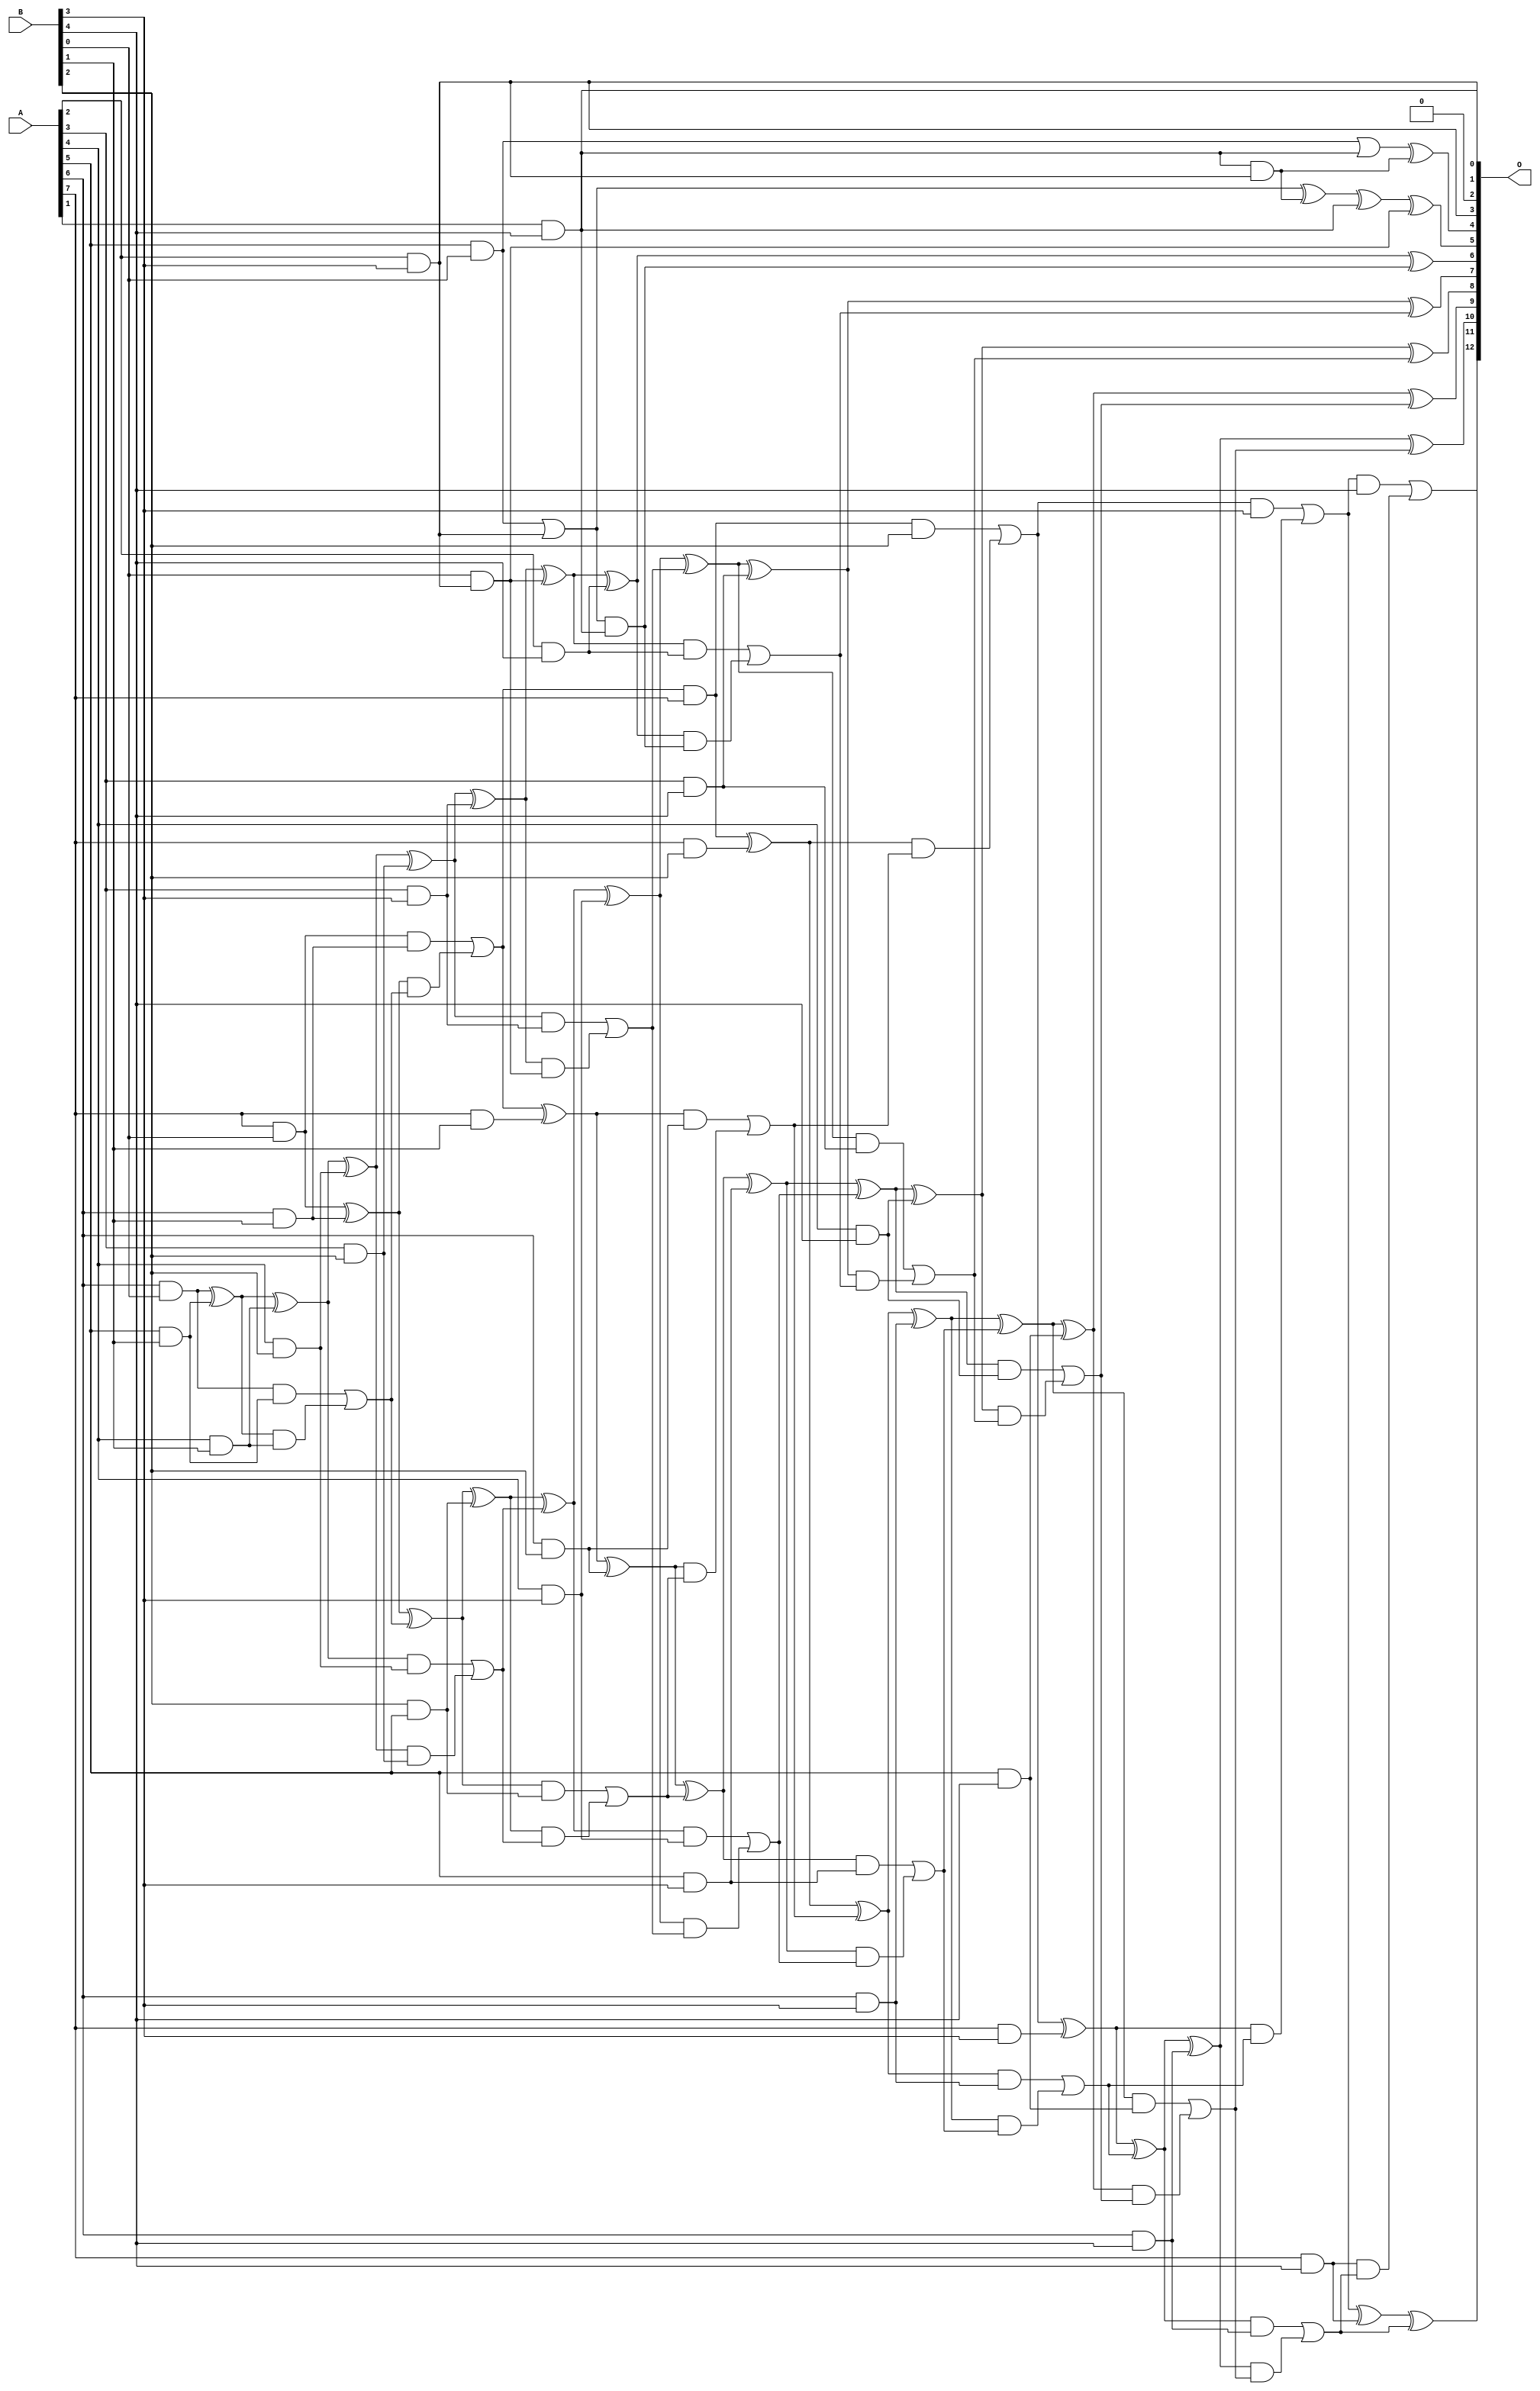
/***
* This code is a part of EvoApproxLib library (ehw.fit.vutbr.cz/approxlib) distributed under The MIT License.
* When used, please cite the following article(s): V. Mrazek, L. Sekanina, Z. Vasicek "Libraries of Approximate Circuits: Automated Design and Application in CNN Accelerators" IEEE Journal on Emerging and Selected Topics in Circuits and Systems, Vol 10, No 4, 2020 
* This file contains a circuit from a sub-set of pareto optimal circuits with respect to the pwr and mse parameters
***/
// MAE% = 0.20 %
// MAE = 17 
// WCE% = 0.70 %
// WCE = 57 
// WCRE% = 102.78 %
// EP% = 91.80 %
// MRE% = 4.40 %
// MSE = 434 
// PDK45_PWR = 0.129 mW
// PDK45_AREA = 294.7 um2
// PDK45_DELAY = 1.01 ns

module mul8x5u_39T (
    A,
    B,
    O
);

input [7:0] A;
input [4:0] B;
output [12:0] O;

wire sig_18,sig_19,sig_20,sig_26,sig_27,sig_28,sig_47,sig_48,sig_51,sig_52,sig_53,sig_54,sig_55,sig_56,sig_57,sig_58,sig_59,sig_60,sig_61,sig_62;
wire sig_64,sig_66,sig_67,sig_69,sig_70,sig_88,sig_89,sig_90,sig_91,sig_92,sig_93,sig_94,sig_95,sig_96,sig_97,sig_98,sig_99,sig_100,sig_101,sig_102;
wire sig_103,sig_105,sig_106,sig_107,sig_109,sig_110,sig_111,sig_112,sig_113,sig_114,sig_115,sig_118,sig_119,sig_123,sig_124,sig_126,sig_128,sig_129,sig_130,sig_131;
wire sig_132,sig_133,sig_134,sig_135,sig_136,sig_137,sig_138,sig_139,sig_140,sig_141,sig_142,sig_143,sig_144,sig_145,sig_146,sig_147,sig_148,sig_149,sig_150,sig_151;
wire sig_152,sig_155,sig_156,sig_157,sig_158,sig_159,sig_160,sig_162,sig_163,sig_164,sig_166,sig_168,sig_169,sig_170,sig_171,sig_172,sig_173,sig_174,sig_175,sig_176;
wire sig_177,sig_178,sig_179,sig_180,sig_181,sig_182,sig_183,sig_184,sig_185,sig_186,sig_187,sig_188,sig_189,sig_190,sig_191,sig_192,sig_193,sig_194,sig_195,sig_196;
wire sig_197;

assign sig_18 = A[5] & B[0];
assign sig_19 = A[6] & B[0];
assign sig_20 = A[7] & B[0];
assign sig_26 = A[5] & B[1];
assign sig_27 = A[6] & B[1];
assign sig_28 = A[7] & B[1];
assign sig_47 = A[4] & B[1];
assign sig_48 = B[2] & A[5];
assign sig_51 = sig_19 ^ sig_26;
assign sig_52 = sig_19 & sig_26;
assign sig_53 = sig_51 & sig_47;
assign sig_54 = sig_51 ^ sig_47;
assign sig_55 = sig_52 | sig_53;
assign sig_56 = sig_20 ^ sig_27;
assign sig_57 = sig_20 & sig_27;
assign sig_58 = sig_56 & sig_55;
assign sig_59 = sig_56 ^ sig_55;
assign sig_60 = sig_57 | sig_58;
assign sig_61 = sig_60 & A[7];
assign sig_62 = sig_60 ^ sig_28;
assign sig_64 = sig_61 & B[2];
assign sig_66 = A[3] & B[2];
assign sig_67 = A[4] & B[2];
assign sig_69 = A[6] & B[2];
assign sig_70 = A[7] & B[2];
assign sig_88 = sig_54 ^ sig_67;
assign sig_89 = sig_54 & sig_67;
assign sig_90 = sig_88 & sig_66;
assign sig_91 = sig_88 ^ sig_66;
assign sig_92 = sig_89 | sig_90;
assign sig_93 = sig_59 ^ sig_48;
assign sig_94 = sig_59 & sig_48;
assign sig_95 = sig_93 & sig_92;
assign sig_96 = sig_93 ^ sig_92;
assign sig_97 = sig_94 | sig_95;
assign sig_98 = sig_62 ^ sig_69;
assign sig_99 = sig_62 & sig_69;
assign sig_100 = sig_98 & sig_97;
assign sig_101 = sig_98 ^ sig_97;
assign sig_102 = sig_99 | sig_100;
assign sig_103 = sig_61 ^ sig_70;
assign sig_105 = sig_103 & sig_102;
assign sig_106 = sig_103 ^ sig_102;
assign sig_107 = sig_64 | sig_105;
assign sig_109 = A[1] & B[4];
assign sig_110 = A[2] & B[3];
assign sig_111 = A[3] & B[3];
assign sig_112 = A[4] & B[3];
assign sig_113 = A[5] & B[3];
assign sig_114 = A[6] & B[3];
assign sig_115 = A[7] & B[3];
assign sig_118 = sig_18 | sig_109;
assign sig_119 = sig_109 & sig_110;
assign sig_123 = sig_18 | sig_110;
assign sig_124 = B[0] & sig_110;
assign sig_126 = sig_123 ^ sig_119;
assign sig_128 = sig_91 ^ sig_111;
assign sig_129 = sig_91 & sig_111;
assign sig_130 = sig_128 & sig_124;
assign sig_131 = sig_128 ^ sig_124;
assign sig_132 = sig_129 | sig_130;
assign sig_133 = sig_96 ^ sig_112;
assign sig_134 = sig_96 & sig_112;
assign sig_135 = sig_133 & sig_132;
assign sig_136 = sig_133 ^ sig_132;
assign sig_137 = sig_134 | sig_135;
assign sig_138 = sig_101 ^ sig_113;
assign sig_139 = sig_101 & sig_113;
assign sig_140 = sig_138 & sig_137;
assign sig_141 = sig_138 ^ sig_137;
assign sig_142 = sig_139 | sig_140;
assign sig_143 = sig_106 ^ sig_114;
assign sig_144 = sig_106 & sig_114;
assign sig_145 = sig_143 & sig_142;
assign sig_146 = sig_143 ^ sig_142;
assign sig_147 = sig_144 | sig_145;
assign sig_148 = sig_107 ^ sig_115;
assign sig_149 = sig_107 & B[3];
assign sig_150 = sig_148 & sig_147;
assign sig_151 = sig_148 ^ sig_147;
assign sig_152 = sig_149 | sig_150;
assign sig_155 = A[2] & B[4];
assign sig_156 = A[3] & B[4];
assign sig_157 = A[4] & B[4];
assign sig_158 = A[5] & B[4];
assign sig_159 = A[6] & B[4];
assign sig_160 = A[7] & B[4];
assign sig_162 = sig_118 ^ sig_119;
assign sig_163 = sig_126 ^ sig_109;
assign sig_164 = sig_123 & sig_109;
assign sig_166 = sig_163 ^ sig_124;
assign sig_168 = sig_131 ^ sig_155;
assign sig_169 = sig_131 & sig_155;
assign sig_170 = sig_168 & sig_164;
assign sig_171 = sig_168 ^ sig_164;
assign sig_172 = sig_169 | sig_170;
assign sig_173 = sig_136 ^ sig_156;
assign sig_174 = sig_136 & sig_156;
assign sig_175 = sig_173 & sig_172;
assign sig_176 = sig_173 ^ sig_172;
assign sig_177 = sig_174 | sig_175;
assign sig_178 = sig_141 ^ sig_157;
assign sig_179 = sig_141 & sig_157;
assign sig_180 = sig_178 & sig_177;
assign sig_181 = sig_178 ^ sig_177;
assign sig_182 = sig_179 | sig_180;
assign sig_183 = sig_146 ^ sig_158;
assign sig_184 = sig_146 & sig_158;
assign sig_185 = sig_183 & sig_182;
assign sig_186 = sig_183 ^ sig_182;
assign sig_187 = sig_184 | sig_185;
assign sig_188 = sig_151 ^ sig_159;
assign sig_189 = sig_151 & sig_159;
assign sig_190 = sig_188 & sig_187;
assign sig_191 = sig_188 ^ sig_187;
assign sig_192 = sig_189 | sig_190;
assign sig_193 = sig_152 ^ sig_160;
assign sig_194 = sig_152 & B[4];
assign sig_195 = sig_160 & sig_192;
assign sig_196 = sig_193 ^ sig_192;
assign sig_197 = sig_194 | sig_195;

assign O[12] = sig_197;
assign O[11] = sig_196;
assign O[10] = sig_191;
assign O[9] = sig_186;
assign O[8] = sig_181;
assign O[7] = sig_176;
assign O[6] = sig_171;
assign O[5] = sig_166;
assign O[4] = sig_162;
assign O[3] = sig_110;
assign O[2] = 1'b0;
assign O[1] = sig_109;
assign O[0] = sig_110;

endmodule